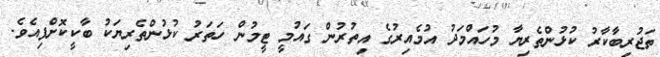
ތަޖުރިބާކާރު ކުޅުންތެރިޔާ މުހައްމަދު އުމެއިރުގެ އިތުރުން ގައުމީ ޓީމުން ހަތަރު ކުޅުންތެރިޔަކު ބާކީކޮށްފިއެވެ.